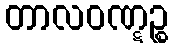
တာလဝဏ္ဋဉ္စ